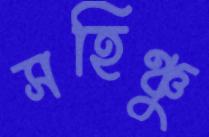
সহিঞ্চু